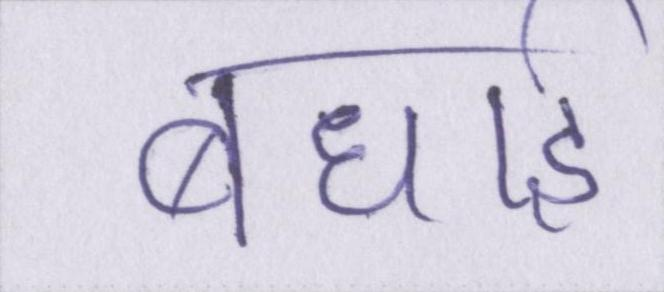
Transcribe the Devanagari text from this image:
बधाई